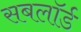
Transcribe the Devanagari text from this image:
सबलॉर्ड